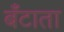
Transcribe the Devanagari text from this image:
बँटाता